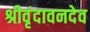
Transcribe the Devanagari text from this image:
श्रीवृंदावनदेव